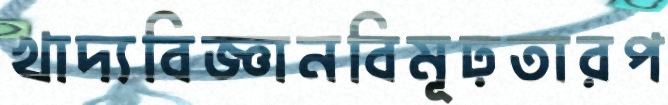
খাদ্যবিজ্ঞানবিমূঢ়তারপ